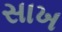
સાખ